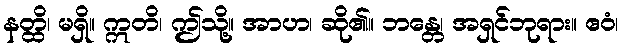
နတ္ထိ၊ မရှိ။ ဣတိ၊ ဤသို့။ အာဟ၊ ဆို၏။ ဘန္တေ၊ အရှင်ဘုရား။ ဧဝံ၊